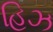
હિઝ